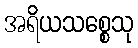
အရိယသစ္စေသု